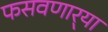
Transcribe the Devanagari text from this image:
फसवणार्‍या